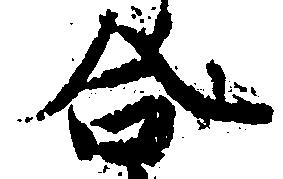
合